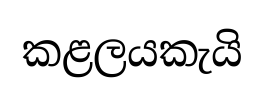
කළලයකැයි